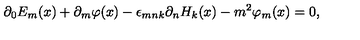
\partial _ { 0 } E _ { m } ( x ) + \partial _ { m } \varphi ( x ) - \epsilon _ { m n k } \partial _ { n } H _ { k } ( x ) - m ^ { 2 } \varphi _ { m } ( x ) = 0 ,